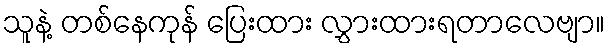
သူနဲ့ တစ်နေကုန် ပြေးထား လွှားထားရတာလေဗျာ။